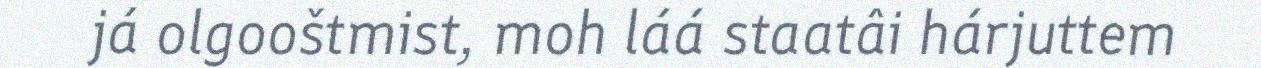
já olgooštmist, moh láá staatâi hárjuttem